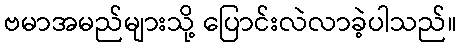
ဗမာအမည်များသို့ ပြောင်းလဲလာခဲ့ပါသည်။